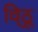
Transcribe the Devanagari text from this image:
वि्ठू